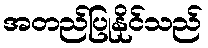
အတည်ပြုနိုင်သည်